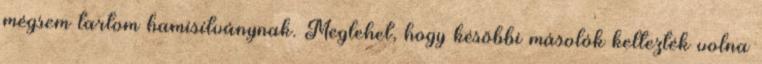
mégsem tartom hamisítványnak. Meglehet, hogy későbbi másolók keltezték volna